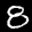
Label: 8